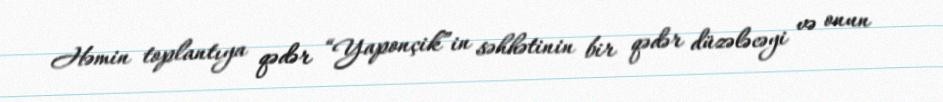
Həmin toplantıya qədər “Yaponçik”in səhhətinin bir qədər düzələcəyi və onun